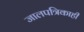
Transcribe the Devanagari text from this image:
जालपत्रिकाही